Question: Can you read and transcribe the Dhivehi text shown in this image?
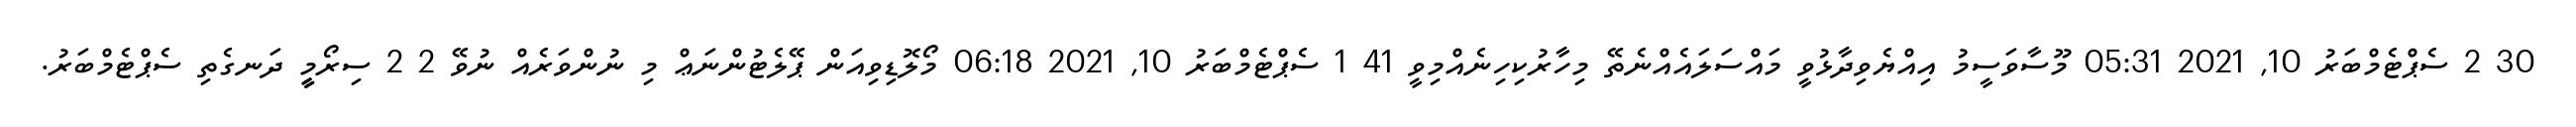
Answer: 30 2 ސެޕްޓެމްބަރު 10, 2021 05:31 މޫސާވަސީމު އިއްޔެވިދާޅުވީ މައްސަލައެއްނެތޭ މިހާރުކިހިނެއްމިވީ 41 1 ސެޕްޓެމްބަރު 10, 2021 06:18 މޯލޮޑިވިއަން ޕޭލެޓުންނަޢް މި ނުންވަރެއް ނުވޭ 2 2 ސިރޯމީީީ ދަނގެތި ސެޕްޓެމްބަރު.